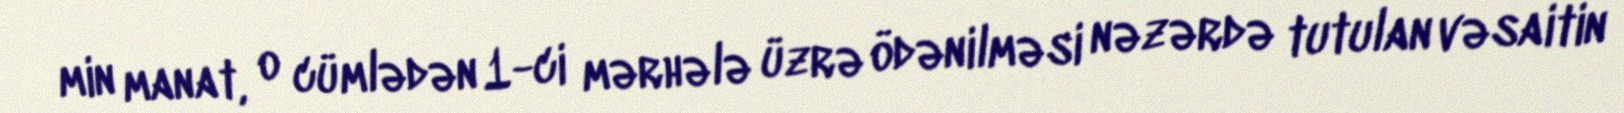
min manat, o cümlədən 1-ci mərhələ üzrə ödənilməsi nəzərdə tutulan vəsaitin